Annual statistical returns and brief notes on vaccination in Bengal - 1887-1898
Year: 1887
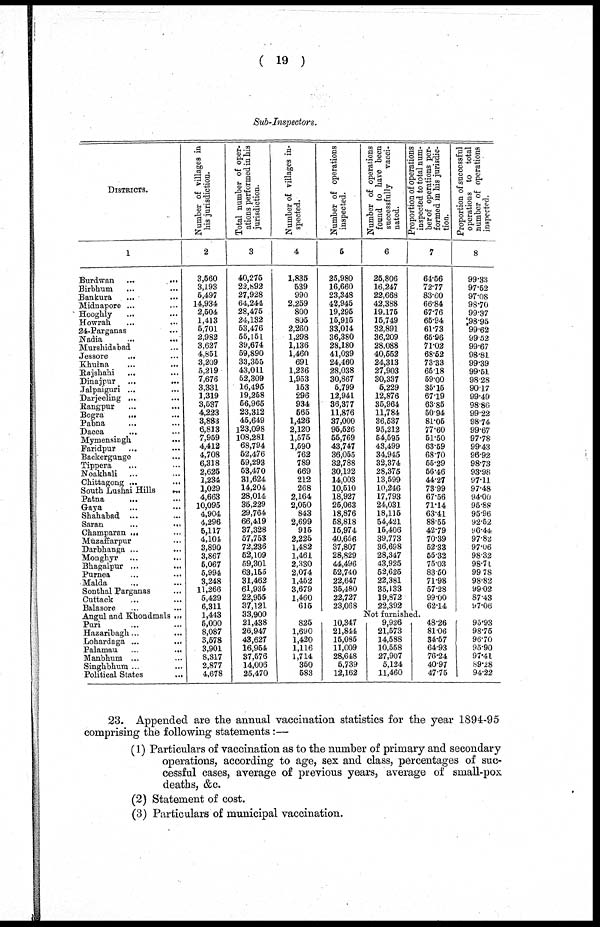
( 19 )
Sub-Inspectors.
DISTRICTS.
1
Burdwan ...
...
Birbhum ... ...
Bankura ... ...
Midnapore ... ...
Hooghly ... ...
Howrah ... ...
24-Parganas ... ...
Nadia
... ...
Murshidabad ... ...
Jessore
... ...
Khulna ... ...
Rajshahi ... ...
Dinajpur
... ...
Jalpaiguri ...
...
Darjeeling ... ...
Rangpur ... ...
Bogra
... ...
Pabna ... ...
Dacca
... ...
Mymensingh ... ...
Faridpur
... ...
Backergunge ... ...
Tippera
... ...
Noakhali ... ...
Chittagong ... ...
South Lushai Hills
...
Patna
... ...
Gaya ... ...
Shahabad ... ...
Saran
...
...
Champaran ... ...
Muzaffarpur ... ...
Darbhanga ...
...
Monghyr ...
...
Bhagalpur ... ...
Purnea
...
...
Malda ... ...
Sonthal Parganas ...
Cuttack ... ...
Balasore ... ...
Angul and Khondmals ...
Puri ... ...
Hazaribagh... ...
Lohardaga ... ...
Palamau
...
...
Manbhum ... ...
Singh bhum ... ...
Political States ...
Number of villages in
bis jurisdiction.
2
3,560
3,193
5,497
14,934
2,504
1,413
5,701
2,982
3,627
4,851
3,209
5,219
7,676
3,331
1,319
3,537
4,223
3,883
6,813
7,959
4,412
4,708
6,318
2,625
1,234
1,029
4,663
10,095
4,904
4,296
5,117
4,104
3,890
3,867
5,067
5,994
3,248
11,266
5,429
6,311
1,443
5,000
8,087
3,578
3,901
8,317
2,877
4,678
Total number of oper-
ations performed in his
jurisdiction.
3
40,275
22,892
27,928
64,244
28,475
24,132
53,476
55,151
39,674
59,890
33,355
43,011
52,309
16,495
19,258
56,965
23,312
45,649
123,098
108,281
68,794
52,476
59,293
53,470
31,624
14,204
28,014
35,229
29,764
66,419
37,328
57,753
72,236
52,109
59,301
63,155
31,462
61,935
22,955
37,121
33,900
21,438
26,947
43,627
16,954
37,576
14,006
25,470
Number of villages in-
spected.
4
1,835
539
990
2,259
800
805
2,260
1,298
1,136
1,460
691
1,236
1,953
153
296
934
565
1,426
2,120
1,575
1,590
762
789
669
212
268
2,164
2,050
843
2,699
915
2,225
1,482
1,461
2,330
2,074
1,452
3,679
1,460
615
Number of operations
inspected.
5
25,980
16,660
23,348
42,945
19,295
15,915
33,014
36,380
28,180
41,039
24,460
28,038
30,867
5,799
12,941
36,377
11,876
37,000
95,526
55,769
43,747
36,055
32,788
30,192
14,003
10,510
18,927
25,063
18,876
58,818
15,974
40,656
37,807
28,829
44,496
52,740
22,647
35,480
22,727
23,068
Number of operations
found to have been
successfully
vacci-
nated.
6
25,806
16,247
22,668
42,388
19,175
15,749
32,891
36,209
28,088
40,552
24,313
27,903
30,337
5,229
12,876
35,964
11,784
36,537
95,212
54,595
43,499
34,945
32,374
28,375
13,599
10,246
17,793
24,031
18,115
54,421
15,406
39,773
36,698
28,347
43,925
52,625
22,381
35,133
19,872
22,392
Proportion of operations
inspected to total num-
ber of operations per-
formed in his jurisdic-
tion.
7
64.56
72.77
83.60
66.84
67.76
65.94
61.73
65.96
71.02
68.52
73.33
65.18
59.00
35.15
67.19
63.85
50.94
81.05
77.60
51.50
63.59
68.70
55.29
56.46
44.27
73.99
67.56
71.14
63.41
88.55
42.79
70.39
52.33
55.32
75.03
83.50
71.98
57.28
99.00
62.14
Proportion of successful
operations to total
number of operations
inspected.
8
99.33
97.52
97.08
98.70
99.37
98.95
99.62
99.52
99.67
98.81
99.39
99.51
98.28
90.17
99.49
98.86
99.22
98.74
99.67
97.78
99.43
96.92
98.73
93.98
97.11
97.48
94.00
95.88
95.96
92.52
96.44
97.82
97.06
98.32
98.71
99.78
98.82
99.02
87.43
97.06
Not furnished.
825
1,690
1,420
1,116
1,714
350
583
10,347
21,844
15,085
11,009
28,648
5,739
12,162
9,926
21,573
14,588
10,558
27,907
5,124
11,460
48.26
81.06
34.57
64.93
76.24
40.97
47.75
95.93
98.75
96.70
95.90
97.41
89.28
94.22
23. Appended are the annual vaccination statistics for the year 1894-95
comprising the following statements:—
(1) Particulars of vaccination as to the number of primary and secondary
operations, according to age, sex and class, percentages of suc-
cessful cases, average of previous years, average of small-pox
deaths, &c.
(2) Statement of cost.
(3) Particulars of municipal vaccination.